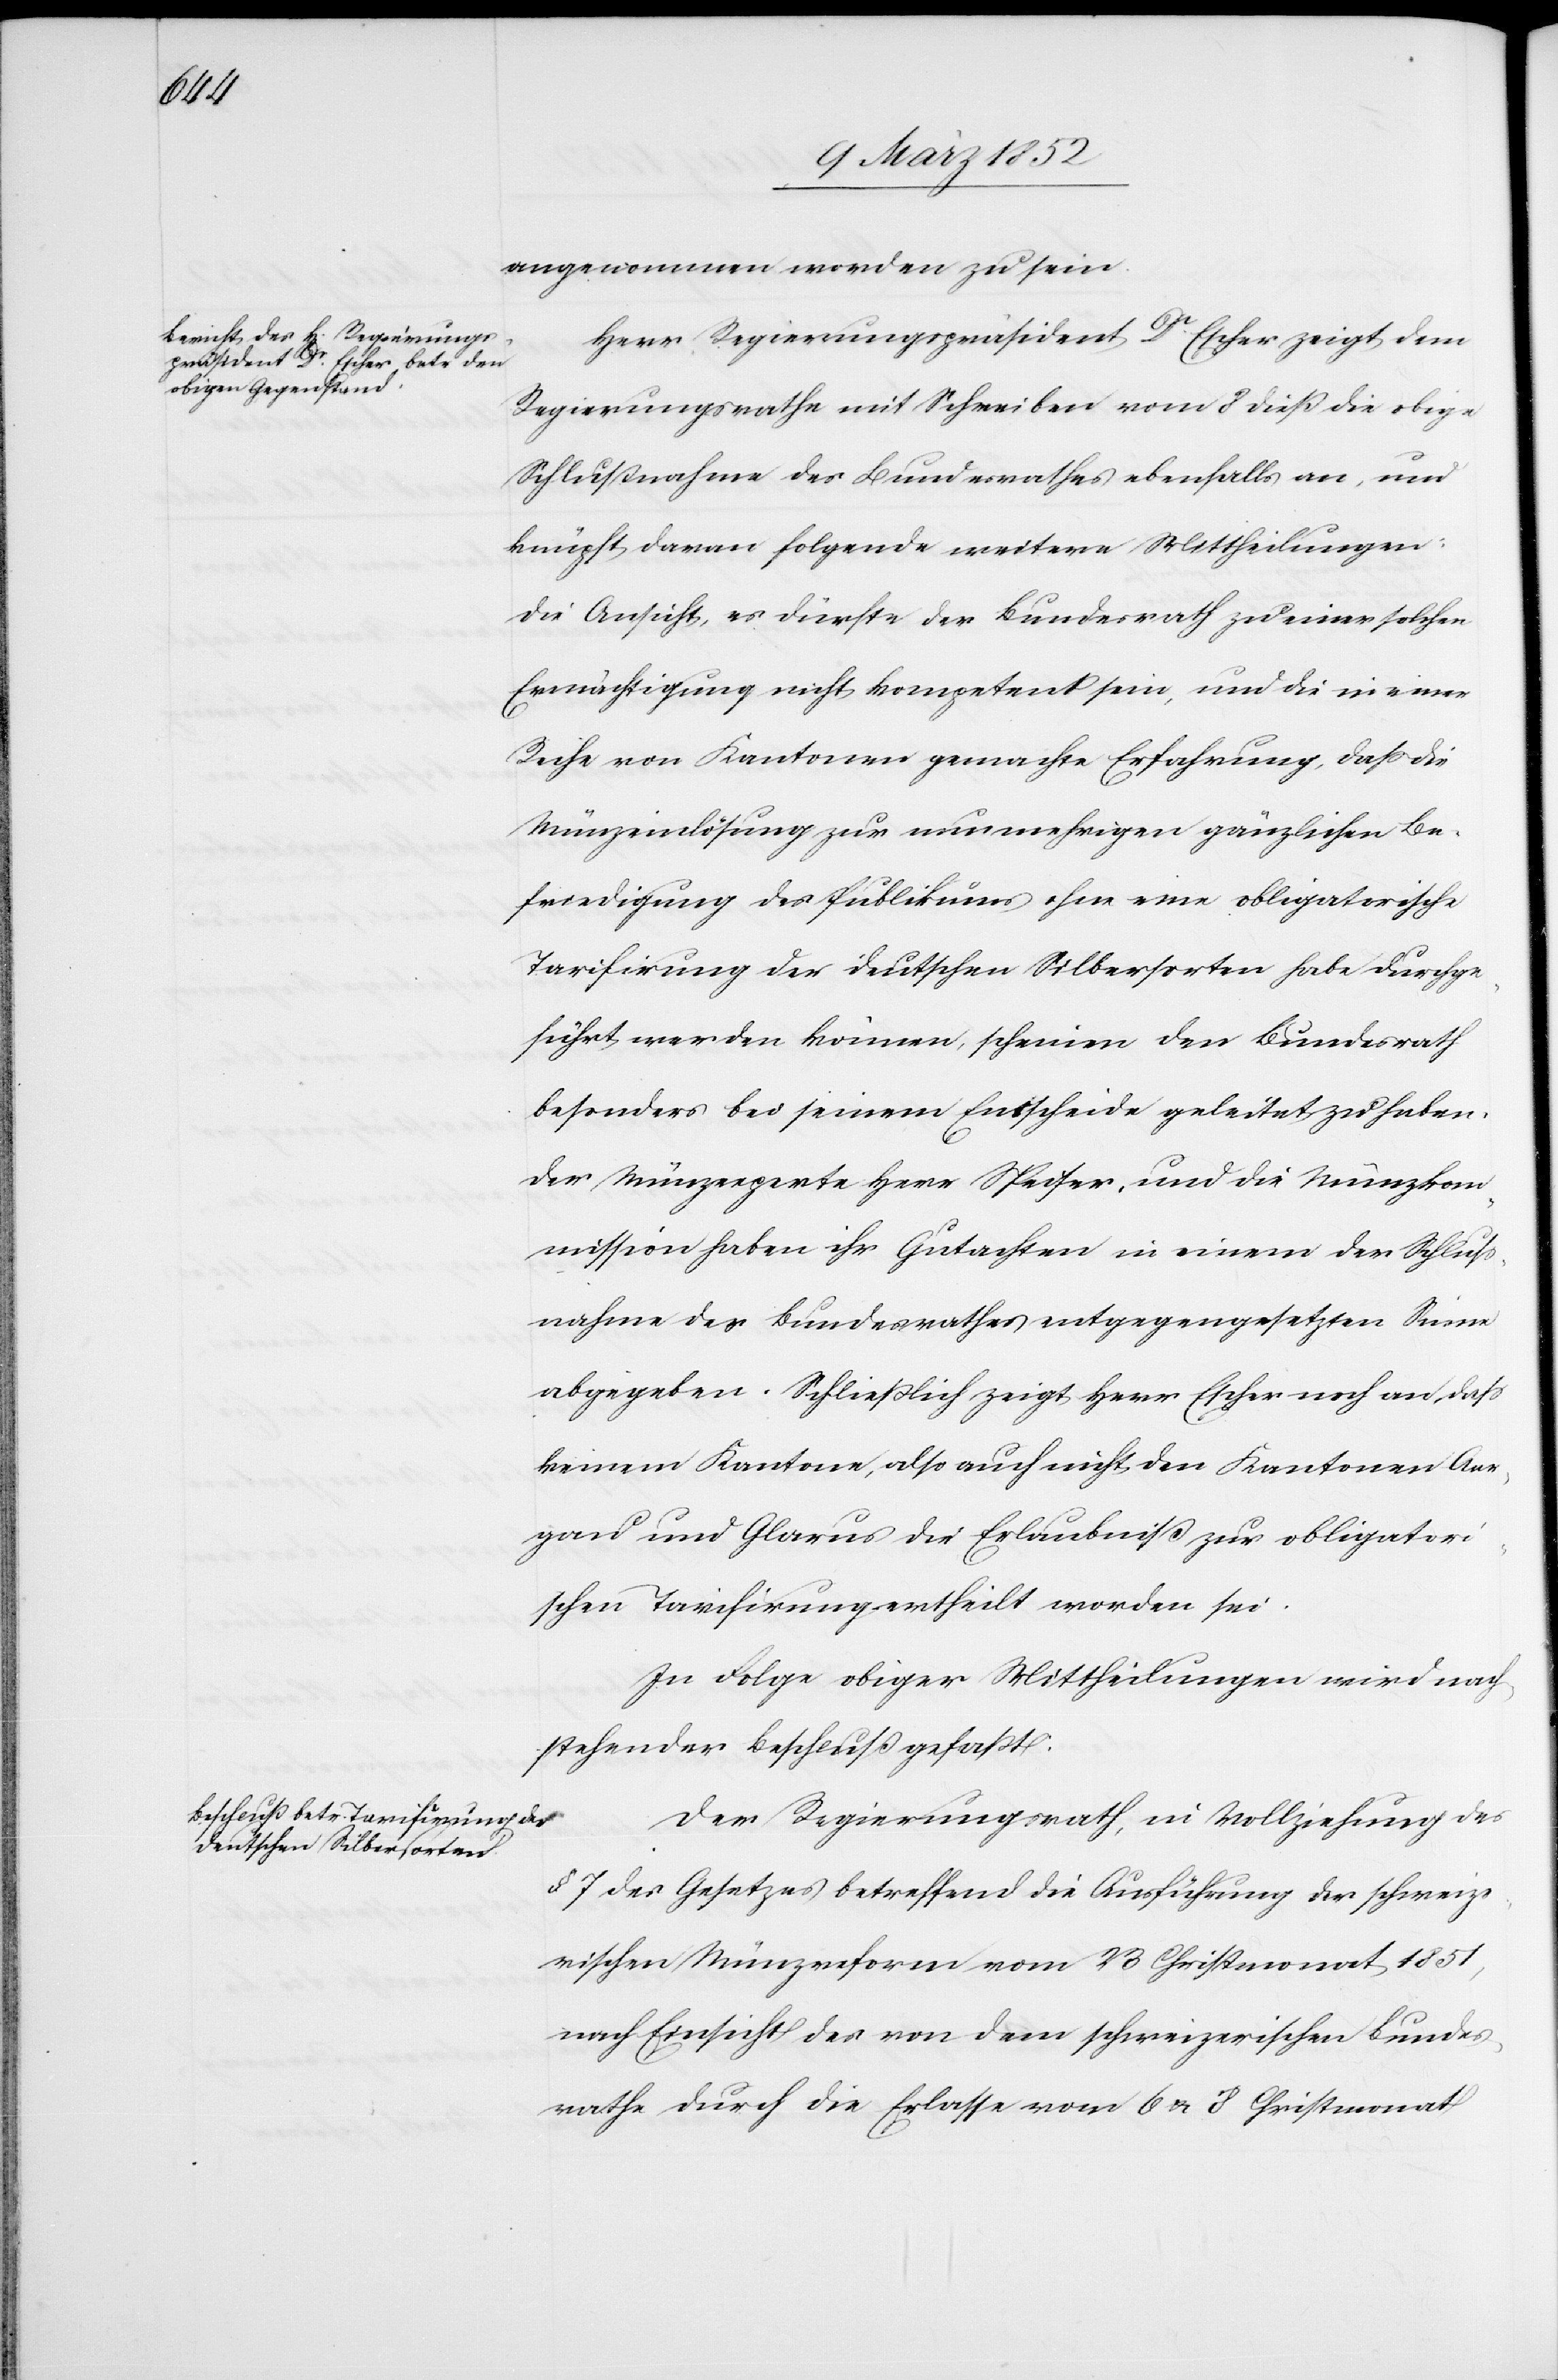
angenommen worden zu sein.
Herr Regierungspräsident Dr Escher zeigt dem
Regierungsrathe mit Schreiben vom 8 dieß die obige
Schlußnahme des Bundesrathes ebenfalls an, und
knüpft daran folgende weitere Mittheilungen:
Die Ansicht, es dürfte der Bundesrath zu einer solchen
Ermächtigung nicht kompetent sein, und die in einer
Reihe von Kantonen gemachte Erfahrung, daß die
Münzeinlösung zur nunmehrigen gänzlichen Be¬
friedigung des Publikums ohne eine obligatorische
Tarifirung der deutschen Silbersorten habe durchge¬
führt werden können, scheinen den Bundesrath
besonders bei seinem Entscheide geleitet zu haben.
Der Münzexperte Herr Pfeifer, und die Münzkom¬
mission haben ihr Gutachten in einem der Schluß¬
nahme des Bundesrathes entgegengesetzten Sinne
abgegeben. Schließlich zeigt Herr Escher noch an, daß
keinem Kantone, also auch nicht den Kantonen Aar¬
gau und Glarus die Erlaubniß zur obligator¬
ischen Tarifirung ertheilt worden sei.
In Folge obiger Mittheilungen wird nach¬
stehender Beschluß gefaßt.
Der Regierungsrath, in Vollziehung des
§ 7 des Gesetzes betreffend die Ausführung der schweize¬
rischen Münzreform vom 23 Christmonat 1851,
nach Einsicht der von dem schweizerischen Bundes¬
rathe durch die Erlasse vom 6 u. 8 Christmonat